Vaccination North-Western Provinces 1866-1877 - 1866-1877
Year: 1866
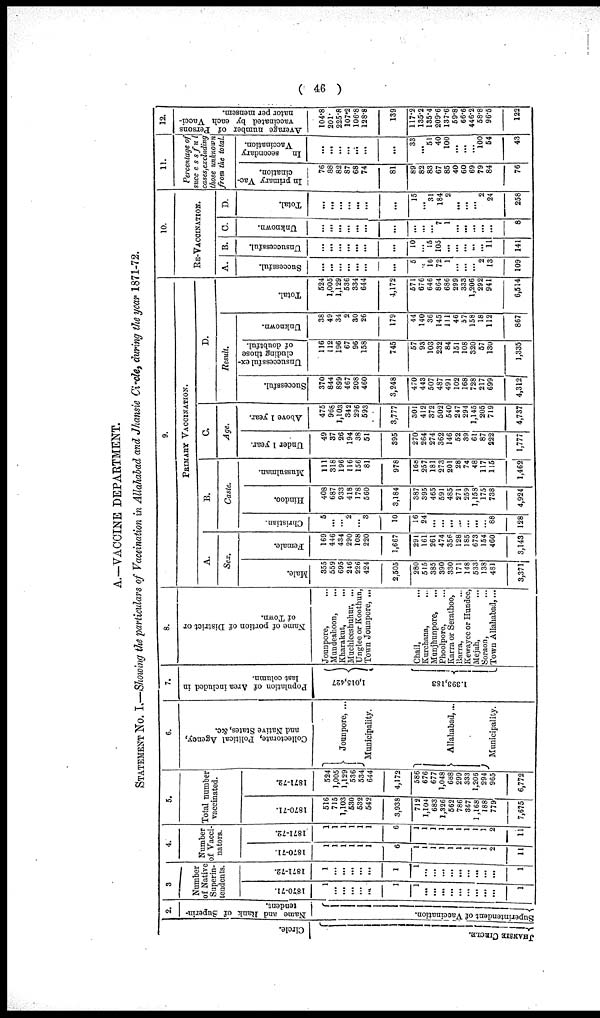
(
46)
A.—VACCINE DEPARTMENT.
STATEMENT No. I.—Showing the particulars of Vaccination in Allahabad and Jhansie Circle, during the year 1871-72.
Circle.
JHANSIE CIRCLE.
2.
Name and Rank of Superin-
tendent.
Superintendent of Vaccination.
3
Number
of Native
Superin-
tendents.
1870-71.
1
...
...
...
...
...
1
1
...
...
...
...
...
...
...
...
...
1
1871-72.
1
...
...
...
...
...
1
1
...
...
...
...
...
...
...
...
...
1
4.
Number
of Vacci-
nators.
1870-71.
1
1
1
1
1
1
6
1
1
1
1
1
1
1
1
1
2
11
1871-72.
1
1
1
1
1
1
6
1
1
1
1
1
1
1
1
1
2
11
5.
Total number
vaccinated.
1870-71.
516
715
1,103
530
532
542
3,938
712
1,104
683
1,326
562
786
367
1,168
188
779
7,675
1871-72.
524
1,005
1,129
536
534
644
4,172
586
676
677
1,048
688
299
333
1,206
294
965
6,772
6.
Collectorate, Political Agency,
and Native States, &c.
Jounpore, ...
Municipality.
Allahabad, ...
Municipality.
7.
Population of Area included in
last column.
1,015,427
1,393,183
8.
Name of portion of District or
of Town.
Jounpore, ...
Mundeahoon,
...
Kharakut,
...
Muchleeshuhur, ...
Unglee or Koothun, ...
Town Jounpore, ...
Chail, ...
Kurchana, ...
Munjhunpore, ...
Phoolpore, ...
Karra or Serathoo,
Barra, ...
Kewayee or Hundee,
Mejah, ...
Soraon,
...
Town Allahabad,...
9.
PRIMARY VACCINATION.
A.
Sex.
Male.
355
559
695
246
226
424
2,505
280
515
385
390
330
171
148
533
138
481
3,371
Female.
169
446
434
290
108
220
1,667
291
161
261
474
356
128
185
673
154
460
3,143
B.
Caste.
Christian.
5
...
...
2
...
3
10
16
24
...
...
...
...
...
...
...
88
128
Hindoo.
408
687
933
418
178
560
3,184
387
395
465
591
485
271
259
1,158
175
738
4,924
Mussulman.
111
318
196
116
156
81
978
168
257
181
273
201
28
74
48
117
115
1,462
C.
Age.
Under 1 year.
49
37
26
194
38
51
395
270
264
274
362
146
52
39
61
87
222
1,777
Above 1 year.
475
968
1,103
342
296
593
3,777
301
412
372
502
540
247
294
1,145
205
719
4,737
D.
Result.
Successful.
370
844
899
467
208
460
3,248
470
443
507
487
491
102
168
728
217
699
4,312
Unsuccessful ex-
cluding those
of doubtful.
116
112
196
67
96
158
745
57
93
103
232
84
151
108
320
57
130
1,335
Unknown.
38
49
34
2
30
26
179
44
140
36
145
111
46
57
158
18
112
867
Total.
524
1,005
1,129
536
334
644
4,172
571
676
646
864
686
299
333
1,206
292
941
6,514
10.
RE-VACCINATION.
A.
Successful.
...
...
...
...
...
...
...
5
...
16
72
1
...
...
...
2
13
109
B.
Unsuccessful.
...
...
...
...
...
...
...
10
...
15
105
...
...
...
...
...
11
141
C.
Unknown.
...
...
...
...
...
...
...
...
...
...
7
1
...
...
...
...
...
8
D.
Total.
...
...
...
...
...
...
...
15
...
31
184
2
...
...
...
2
24
258
11.
Percentage of
successful
cases,excluding
those unknown
from the total.
In primary Vac-
cination,
76
88
82
87
68
74
81
89
82
83
67
85
40
60
69
79
84
76
In
secondary
Vaccination.
...
...
...
...
...
...
...
33
...
51
40
100
...
...
...
100
54
43
12.
Average number of Persons
vaccinated by each Vacci-
nator per mensem.
104.8
201.
225.8
107.2
106.8
128.8
139
117.2
135.2
135.4
209.6
137.6
59.8
66.6
446.2
58.8
96.5
122